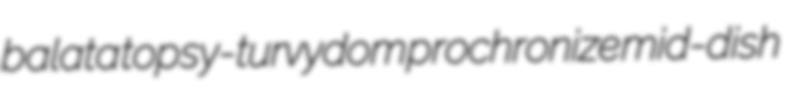
balata topsy-turvydom prochronize mid-dish